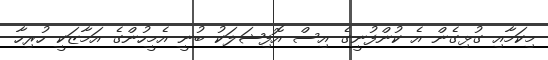
މިކަމާއި ގުޅިގެން އެ ކުންފުނީގެ އިސް އޮފިޝަލަކު ބުނީ އެމީހުންގެ އަމާޒަކީ ހުރިހާ